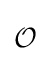
{\begin{aligned}{\mathcal {O}}\end{aligned}}